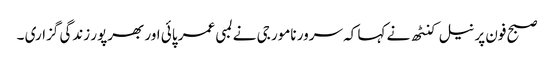
صبح فون پر نیل کنٹھ نے کہا کہ سرور نامور جی نے لمبی عمر پائی اور بھرپور زندگی گزاری ۔